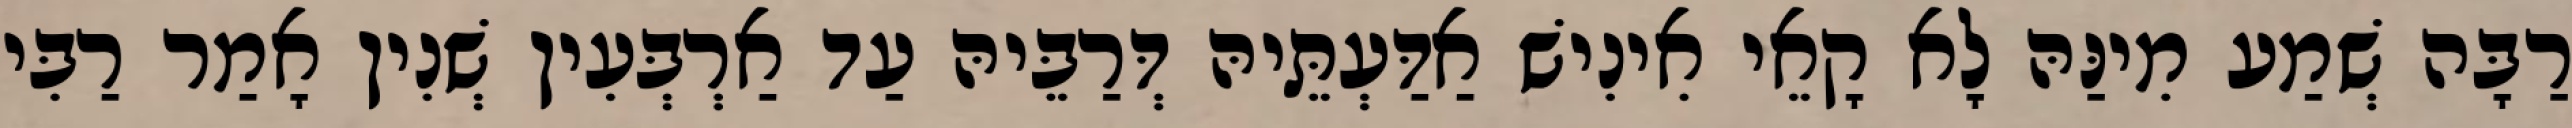
רַבָּה שְׁמַע מִינַּהּ לָא קָאֵי אִינִישׁ אַדַּעְתֵּיהּ דְּרַבֵּיהּ עַד אַרְבְּעִין שְׁנִין אָמַר רַבִּי